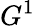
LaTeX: G^{1}